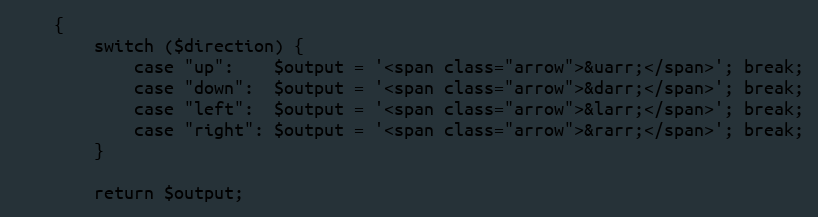
Language: PHP
    {
        switch ($direction) {
            case "up": 	  $output = '<span class="arrow">&uarr;</span>'; break;
            case "down":  $output = '<span class="arrow">&darr;</span>'; break;
            case "left":  $output = '<span class="arrow">&larr;</span>'; break;
            case "right": $output = '<span class="arrow">&rarr;</span>'; break;
        }

        return $output;